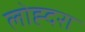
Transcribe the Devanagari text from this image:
लोह्दरा